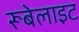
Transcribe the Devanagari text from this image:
रूबेलाइट